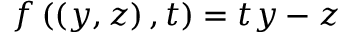
f \left( \left( y , z \right) , t \right) = t y - z